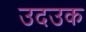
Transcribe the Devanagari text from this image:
उदउक